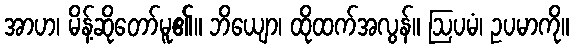
အာဟ၊ မိန့်ဆိုတော်မူ၏။ ဘိယျော၊ ထိုထက်အလွန်။ ဩပမံ၊ ဥပမာကို။